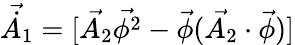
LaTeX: \vec{\dot{A_{1}}}=[\vec{A_{2}}\vec{\phi^{2}}-\vec{\phi}(\vec{A_{2}}\cdot\vec{\phi})]